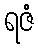
ရဇံ